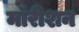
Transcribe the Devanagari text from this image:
मॉरीशन